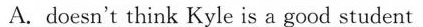
A. doesn't think Kyle is a good student